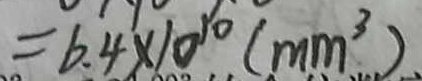
= 6 . 4 \times 1 0 ^ { 1 0 } ( m m ^ { 3 } )